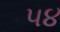
૫૪